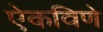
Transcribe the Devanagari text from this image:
ऐकविणे